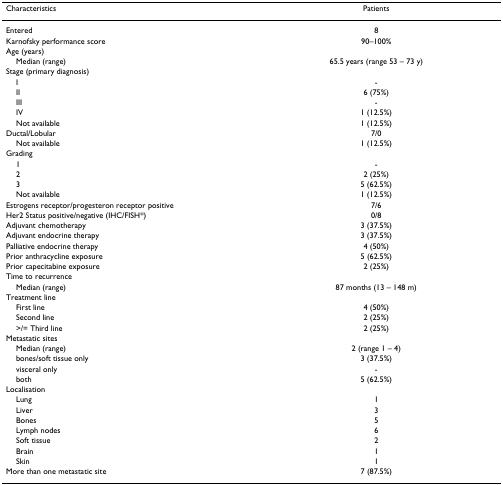
<table><thead><tr><td><b>Characteristics</b></td><td><b>Patients</b></td></tr></thead><tbody><tr><td>Entered</td><td>8</td></tr><tr><td>Karnofsky performance score</td><td>90–100%</td></tr><tr><td>Age (years)</td><td></td></tr><tr><td> Median (range)</td><td>65.5 years (range 53 – 73 y)</td></tr><tr><td>Stage (primary diagnosis)</td><td></td></tr><tr><td> I</td><td>-</td></tr><tr><td> II</td><td>6 (75%)</td></tr><tr><td> III</td><td>-</td></tr><tr><td> IV</td><td>1 (12.5%)</td></tr><tr><td> Not available</td><td>1 (12.5%)</td></tr><tr><td>Ductal/Lobular</td><td>7/0</td></tr><tr><td> Not available</td><td>1 (12.5%)</td></tr><tr><td>Grading</td><td></td></tr><tr><td> 1</td><td>-</td></tr><tr><td> 2</td><td>2 (25%)</td></tr><tr><td> 3</td><td>5 (62.5%)</td></tr><tr><td> Not available</td><td>1 (12.5%)</td></tr><tr><td>Estrogens receptor/progesteron receptor positive</td><td>7/6</td></tr><tr><td>Her2 Status positive/negative (IHC/FISH*)</td><td>0/8</td></tr><tr><td>Adjuvant chemotherapy</td><td>3 (37.5%)</td></tr><tr><td>Adjuvant endocrine therapy</td><td>3 (37.5%)</td></tr><tr><td>Palliative endocrine therapy</td><td>4 (50%)</td></tr><tr><td>Prior anthracycline exposure</td><td>5 (62.5%)</td></tr><tr><td>Prior capecitabine exposure</td><td>2 (25%)</td></tr><tr><td>Time to recurrence</td><td></td></tr><tr><td> Median (range)</td><td>87 months (13 – 148 m)</td></tr><tr><td>Treatment line</td><td></td></tr><tr><td> First line</td><td>4 (50%)</td></tr><tr><td> Second line</td><td>2 (25%)</td></tr><tr><td> &gt;/= Third line</td><td>2 (25%)</td></tr><tr><td>Metastatic sites</td><td></td></tr><tr><td> Median (range)</td><td>2 (range 1 – 4)</td></tr><tr><td> bones/soft tissue only</td><td>3 (37.5%)</td></tr><tr><td> visceral only</td><td>-</td></tr><tr><td> both</td><td>5 (62.5%)</td></tr><tr><td>Localisation</td><td></td></tr><tr><td> Lung</td><td>1</td></tr><tr><td> Liver</td><td>3</td></tr><tr><td> Bones</td><td>5</td></tr><tr><td> Lymph nodes</td><td>6</td></tr><tr><td> Soft tissue</td><td>2</td></tr><tr><td> Brain</td><td>1</td></tr><tr><td> Skin</td><td>1</td></tr><tr><td>More than one metastatic site</td><td>7 (87.5%)</td></tr></tbody></table>